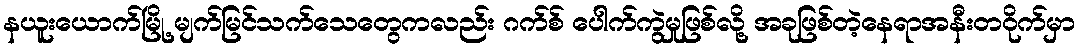
နယူးယောက်မြို့ မျက်မြင်သက်သေတွေကလည်း ဂက်စ် ပေါက်ကွဲမှုဖြစ်လို့ အခုဖြစ်တဲ့နေရာအနီးတဝိုက်မှာ